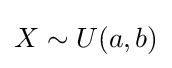
X\sim U(a,b)